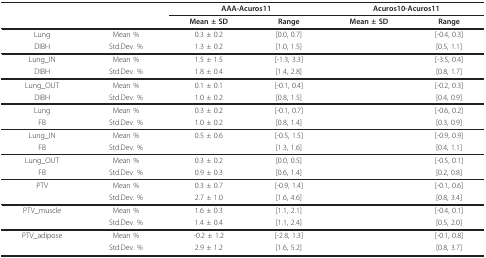
<table><thead><tr><td>[EMPTY_CELL]</td><td>[EMPTY_CELL]</td><td colspan="2"><b>AAA-Acuros11</b></td><td colspan="2"><b>Acuros10-Acuros11</b></td></tr><tr><td>[EMPTY_CELL]</td><td>[EMPTY_CELL]</td><td><b>Mean ± SD</b></td><td><b>Range</b></td><td><b>Mean ± SD</b></td><td><b>Range</b></td></tr></thead><tbody><tr><td>Lung</td><td>Mean %</td><td>0.3 ± 0.2</td><td>[0.0, 0.7]</td><td>[EMPTY_CELL]</td><td>[-0.4, 0.3]</td></tr><tr><td>DIBH</td><td>Std.Dev. %</td><td>1.3 ± 0.2</td><td>[1.0, 1.5]</td><td>[EMPTY_CELL]</td><td>[0.5, 1.1]</td></tr><tr><td>Lung_IN</td><td>Mean %</td><td>1.5 ± 1.5</td><td>[-1.3, 3.3]</td><td>[EMPTY_CELL]</td><td>[-3.5, 0.4]</td></tr><tr><td>DIBH</td><td>Std.Dev. %</td><td>1.8 ± 0.4</td><td>[1.4, 2.8]</td><td>[EMPTY_CELL]</td><td>[0.8, 1.7]</td></tr><tr><td>Lung_OUT</td><td>Mean %</td><td>0.1 ± 0.1</td><td>[-0.1, 0.4]</td><td>[EMPTY_CELL]</td><td>[-0.2, 0.3]</td></tr><tr><td>DIBH</td><td>Std.Dev. %</td><td>1.0 ± 0.2</td><td>[0.8, 1.5]</td><td>[EMPTY_CELL]</td><td>[0.4, 0.9]</td></tr><tr><td>Lung</td><td>Mean %</td><td>0.3 ± 0.2</td><td>[-0.1, 0.7]</td><td>[EMPTY_CELL]</td><td>[-0.6, 0.2]</td></tr><tr><td>FB</td><td>Std.Dev. %</td><td>1.0 ± 0.2</td><td>[0.8, 1.4]</td><td>[EMPTY_CELL]</td><td>[0.3, 0.9]</td></tr><tr><td>Lung_IN</td><td>Mean %</td><td>0.5 ± 0.6</td><td>[-0.5, 1.5]</td><td>[EMPTY_CELL]</td><td>[-0.9, 0.9]</td></tr><tr><td>FB</td><td>Std.Dev. %</td><td>[EMPTY_CELL]</td><td>[1.3, 1.6]</td><td>[EMPTY_CELL]</td><td>[0.4, 1.1]</td></tr><tr><td>Lung_OUT</td><td>Mean %</td><td>0.3 ± 0.2</td><td>[0.0, 0.5]</td><td>[EMPTY_CELL]</td><td>[-0.5, 0.1]</td></tr><tr><td>FB</td><td>Std.Dev. %</td><td>0.9 ± 0.3</td><td>[0.6, 1.4]</td><td>[EMPTY_CELL]</td><td>[0.2, 0.8]</td></tr><tr><td>PTV</td><td>Mean %</td><td>0.3 ± 0.7</td><td>[-0.9, 1.4]</td><td>[EMPTY_CELL]</td><td>[-0.1, 0.6]</td></tr><tr><td>[EMPTY_CELL]</td><td>Std.Dev. %</td><td>2.7 ± 1.0</td><td>[1.6, 4.6]</td><td>[EMPTY_CELL]</td><td>[0.8, 3.4]</td></tr><tr><td>PTV_muscle</td><td>Mean %</td><td>1.6 ± 0.3</td><td>[1.1, 2.1]</td><td>[EMPTY_CELL]</td><td>[-0.4, 0.1]</td></tr><tr><td>[EMPTY_CELL]</td><td>Std.Dev. %</td><td>1.4 ± 0.4</td><td>[1.1, 2.4]</td><td>[EMPTY_CELL]</td><td>[0.5, 2.0]</td></tr><tr><td>PTV_adipose</td><td>Mean %</td><td>-0.2 ± 1.2</td><td>[-2.8, 1.3]</td><td>[EMPTY_CELL]</td><td>[-0.1, 0.8]</td></tr><tr><td>[EMPTY_CELL]</td><td>Std.Dev. %</td><td>2.9 ± 1.2</td><td>[1.6, 5.2]</td><td>[EMPTY_CELL]</td><td>[0.8, 3.7]</td></tr></tbody></table>